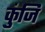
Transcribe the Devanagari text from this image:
कुंजि